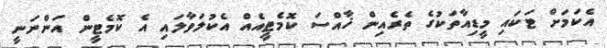
އެކަމަށް ޓަކައި މީޑިއާތަކުގެ ތެރެއިން ޚާއްސަ ކޮމެޓީއެއް އެކުލަވާލައި އެ ކޮމެޓީން އަންނަނީ